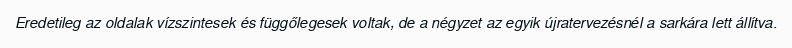
Eredetileg az oldalak vízszintesek és függőlegesek voltak, de a négyzet az egyik újratervezésnél a sarkára lett állítva.